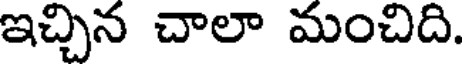
ఇచ్చిన చాలా మంచిది.